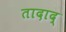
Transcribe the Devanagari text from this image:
तादाद्